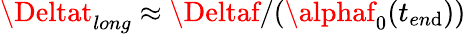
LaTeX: \Deltat_{long}\approx\Deltaf/(\alphaf_{0}(t_{en\mathrm{d}}))